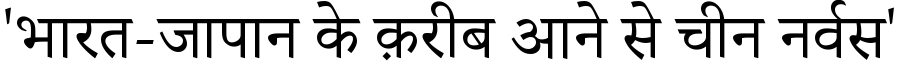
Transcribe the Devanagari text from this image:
'भारत-जापान के क़रीब आने से चीन नर्वस'